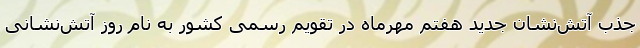
جذب آتش‌نشان جدید هفتم مهرماه در تقویم رسمی کشور به نام روز آتش‌نشانی